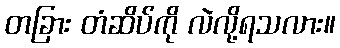
တခြား တံဆိပ်ကို လဲလို့ရသလား။